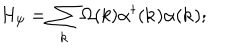
H _ { \psi } = \sum _ { \bf k } \Omega ( k ) { \alpha } ^ { \dagger } ( { \bf k } ) { \alpha } ( { \bf k } ) ;